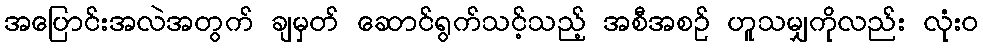
အပြောင်းအလဲအတွက် ချမှတ် ဆောင်ရွက်သင့်သည့် အစီအစဉ် ဟူသမျှကိုလည်း လုံးဝ